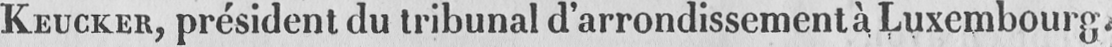
KEUCKER, président du tribunal d’arrondissement à Luxembourg.